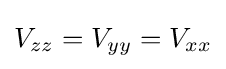
V_{zz}=V_{yy}=V_{xx}